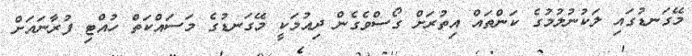
މޭގަނޑުގައި ލަކުނުލުމުގެ ކަންތައް އިތުރަށް ގޯސްވެގެން ދިއުމަކީ މޭގަނޑުގެ މަސައްކަތް ހުއްޓި ފުރާނައަށް